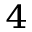
_ 4